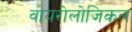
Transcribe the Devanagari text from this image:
वायरोलोजिकल